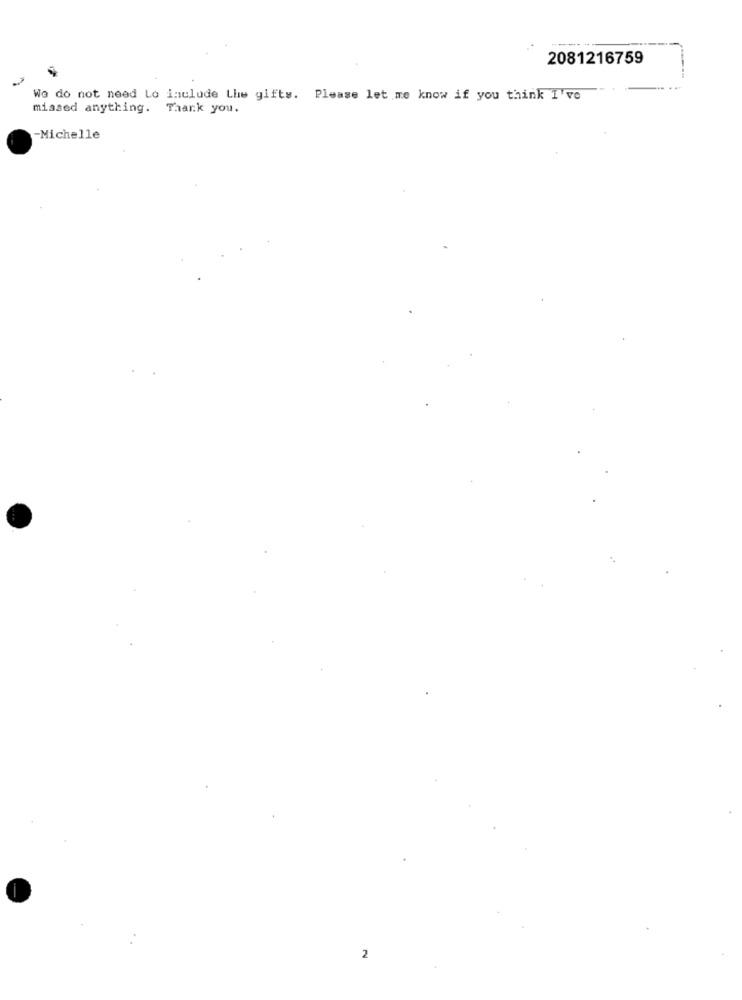
2081216759
We do not need Lo inulude Lhe gifts. Please let me know if you think I've
missed anything. Thank you.
-Michelle
2